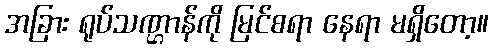
အခြား ရုပ်သဏ္ဌာန်ကို မြင်စရာ နေရာ မရှိတော့။